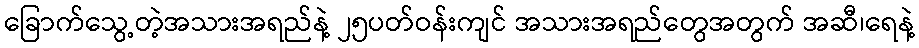
ခြောက်သွေ့တဲ့အသားအရည်နဲ့ ၂၅ပတ်ဝန်းကျင် အသားအရည်တွေအတွက် အဆီ၊ရေနဲ့